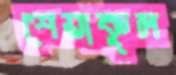
শেয়াকুল